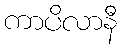
ကာပိလာနီ